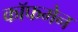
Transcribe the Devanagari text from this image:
कॉफमेन